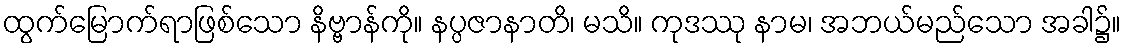
ထွက်မြောက်ရာဖြစ်သော နိဗ္ဗာန်ကို။ နပ္ပဇာနာတိ၊ မသိ။ ကုဒဿု နာမ၊ အဘယ်မည်သော အခါ၌။